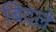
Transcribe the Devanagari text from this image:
बिदले